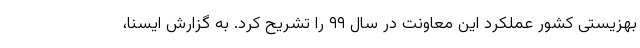
بهزیستی کشور عملکرد این معاونت در سال ۹۹ را تشریح کرد. به گزارش ایسنا،